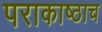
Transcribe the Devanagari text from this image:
पराकाष्ठाच